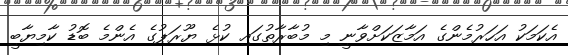
އެކަމަކު އަހަރުމެންގެ އަމާޒަކަށްވާނީ މި މުބާރާތުގައި ކުޅެ ޔޫރަޕުގެ އެންމެ ބޮޑު ކާމިޔާބީ